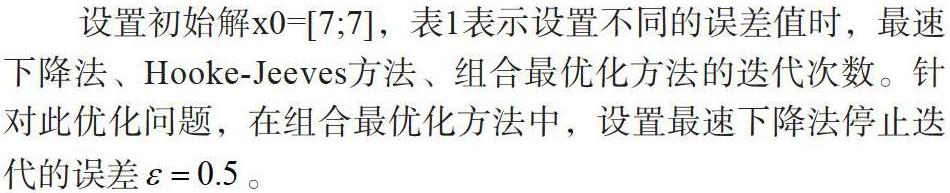
设置初始解$x0=[7;7]$，表1表示设置不同的误差值时，最速下降法、Hooke-Jeeves方法、组合最优化方法的迭代次数。针对此优化问题，在组合最优化方法中，设置最速下降法停止迭代的误差$\varepsilon = 0.5$。